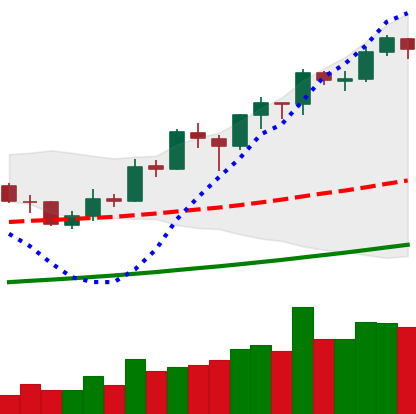
Ticker: BNB-USD
Chart end date: 2019-05-26
Forward return: -3.978%
Label: down_3_5